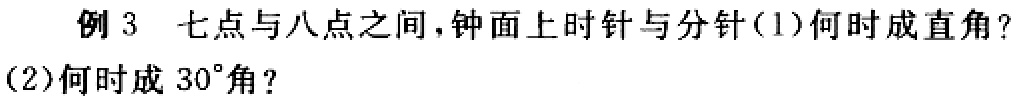
例 3 七点与八点之间，钟面上时针与分针(1)何时成直角?
(2)何时成 \(30^{\circ}\)角?